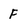
Character: F